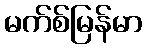
မက်စ်မြန်မာ